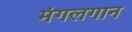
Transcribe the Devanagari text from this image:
मंगलगान